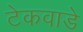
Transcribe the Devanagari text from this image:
टेकवाडे